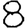
Digit: 8